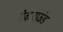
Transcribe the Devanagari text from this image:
बैकग्राऊंड